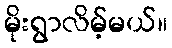
မိုးရွာလိမ့်မယ်။